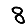
Digit: 8